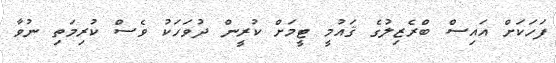
ފަހަކަށް އައިސް ބްރެޒިލުގެ ޤައުމީ ޓީމަށް ކުރީން ދުވަހަކު ވެސް ކުރިމަތި ނުވާ